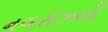
નવરોઝની